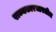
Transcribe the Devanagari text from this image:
राज्यकारभारतील